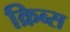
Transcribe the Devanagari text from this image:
क्रिब्स